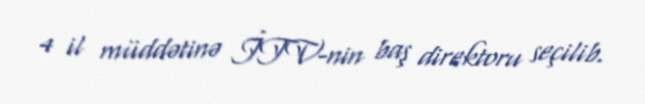
4 il müddətinə İTV-nin baş direktoru seçilib.